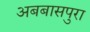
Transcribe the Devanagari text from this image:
अबबासपुरा